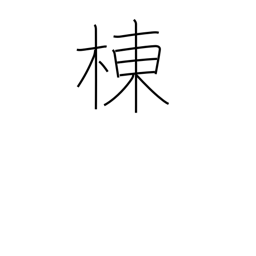
Meaning: ridge